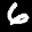
Label: 6